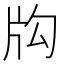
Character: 𤖮